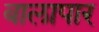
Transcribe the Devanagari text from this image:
बालापार